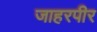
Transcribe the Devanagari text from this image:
जाहरपीर